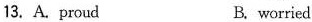
13. A. proud B. worried